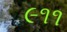
૯૧૧